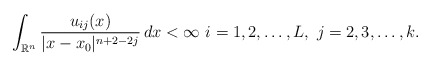
\begin{align*}\int_{\mathbb{R}^n} \frac{u_{ij}(x)}{|x - x_0|^{n+2-2j}} \,dx < \infty \,\, i=1,2,\ldots, L,~j = 2,3,\ldots, k.\end{align*}